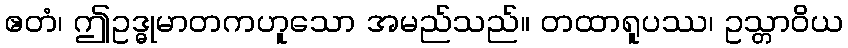
ဧတံ၊ ဤဥဒ္ဓုမာတကဟူသော အမည်သည်။ တထာရူပဿ၊ ဥသ္တာဝိယ